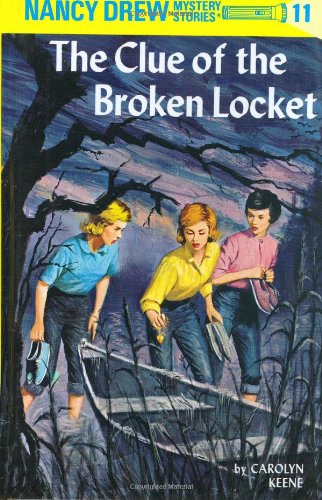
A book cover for The Clue of the Broken Locket (Nancy Drew, Book 11); Carolyn Keene; Crafts, Hobbies & Home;